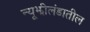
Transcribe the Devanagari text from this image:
न्यूझीलंडातील